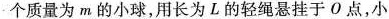
个质量为m的小球，用长为L的轻绳悬挂于О点，小